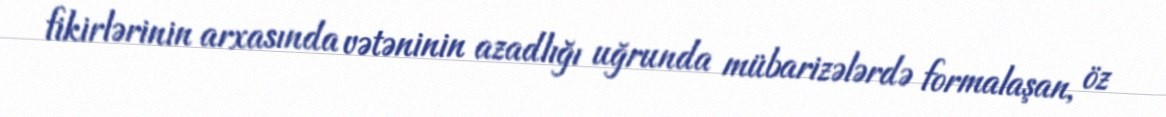
fikirlərinin arxasında vətəninin azadlığı uğrunda mübarizələrdə formalaşan, öz